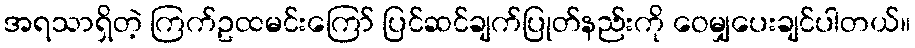
အရသာရှိတဲ့ ကြက်ဥထမင်းကြော် ပြင်ဆင်ချက်ပြုတ်နည်းကို ဝေမျှပေးချင်ပါတယ်။